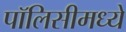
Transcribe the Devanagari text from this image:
पॉलिसीमध्ये